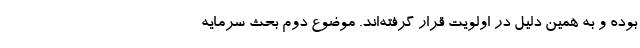
بوده و به همین دلیل در اولویت قرار گرفته‌اند. موضوع دوم بحث سرمایه